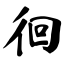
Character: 徊